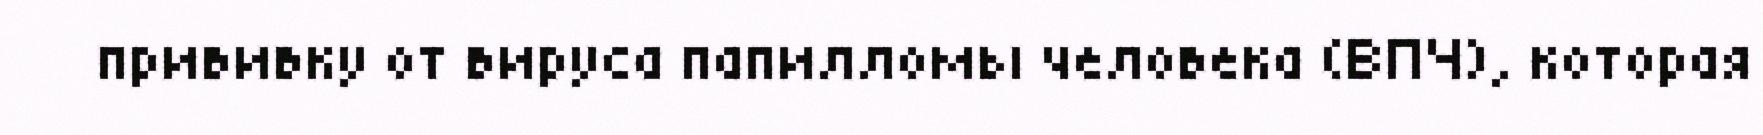
прививку от вируса папилломы человека (ВПЧ), которая